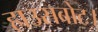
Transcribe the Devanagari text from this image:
हाउसबोट।